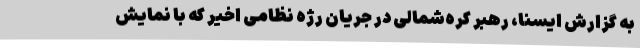
به گزارش ایسنا، رهبر کره‌شمالی در جریان رژه نظامی اخیر که با نمایش